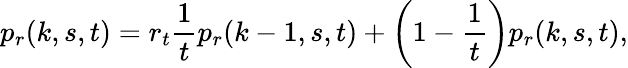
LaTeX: p_{r}(k,s,t)=r_{t}{\frac{1}{t}}p_{r}(k-1,s,t)+\left(1-{\frac{1}{t}}\right)p_{r}(k,s,t),